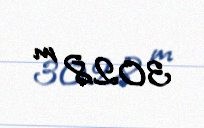
302,8 m